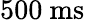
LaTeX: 500~\mathrm{ms}